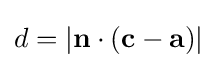
d=|\mathbf {n} \cdot (\mathbf {c} -\mathbf {a} )|